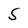
Character: S